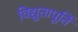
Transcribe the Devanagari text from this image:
विद्युतापूर्ति